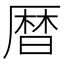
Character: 暦